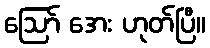
ဩော် အေး ဟုတ်ပြီ။